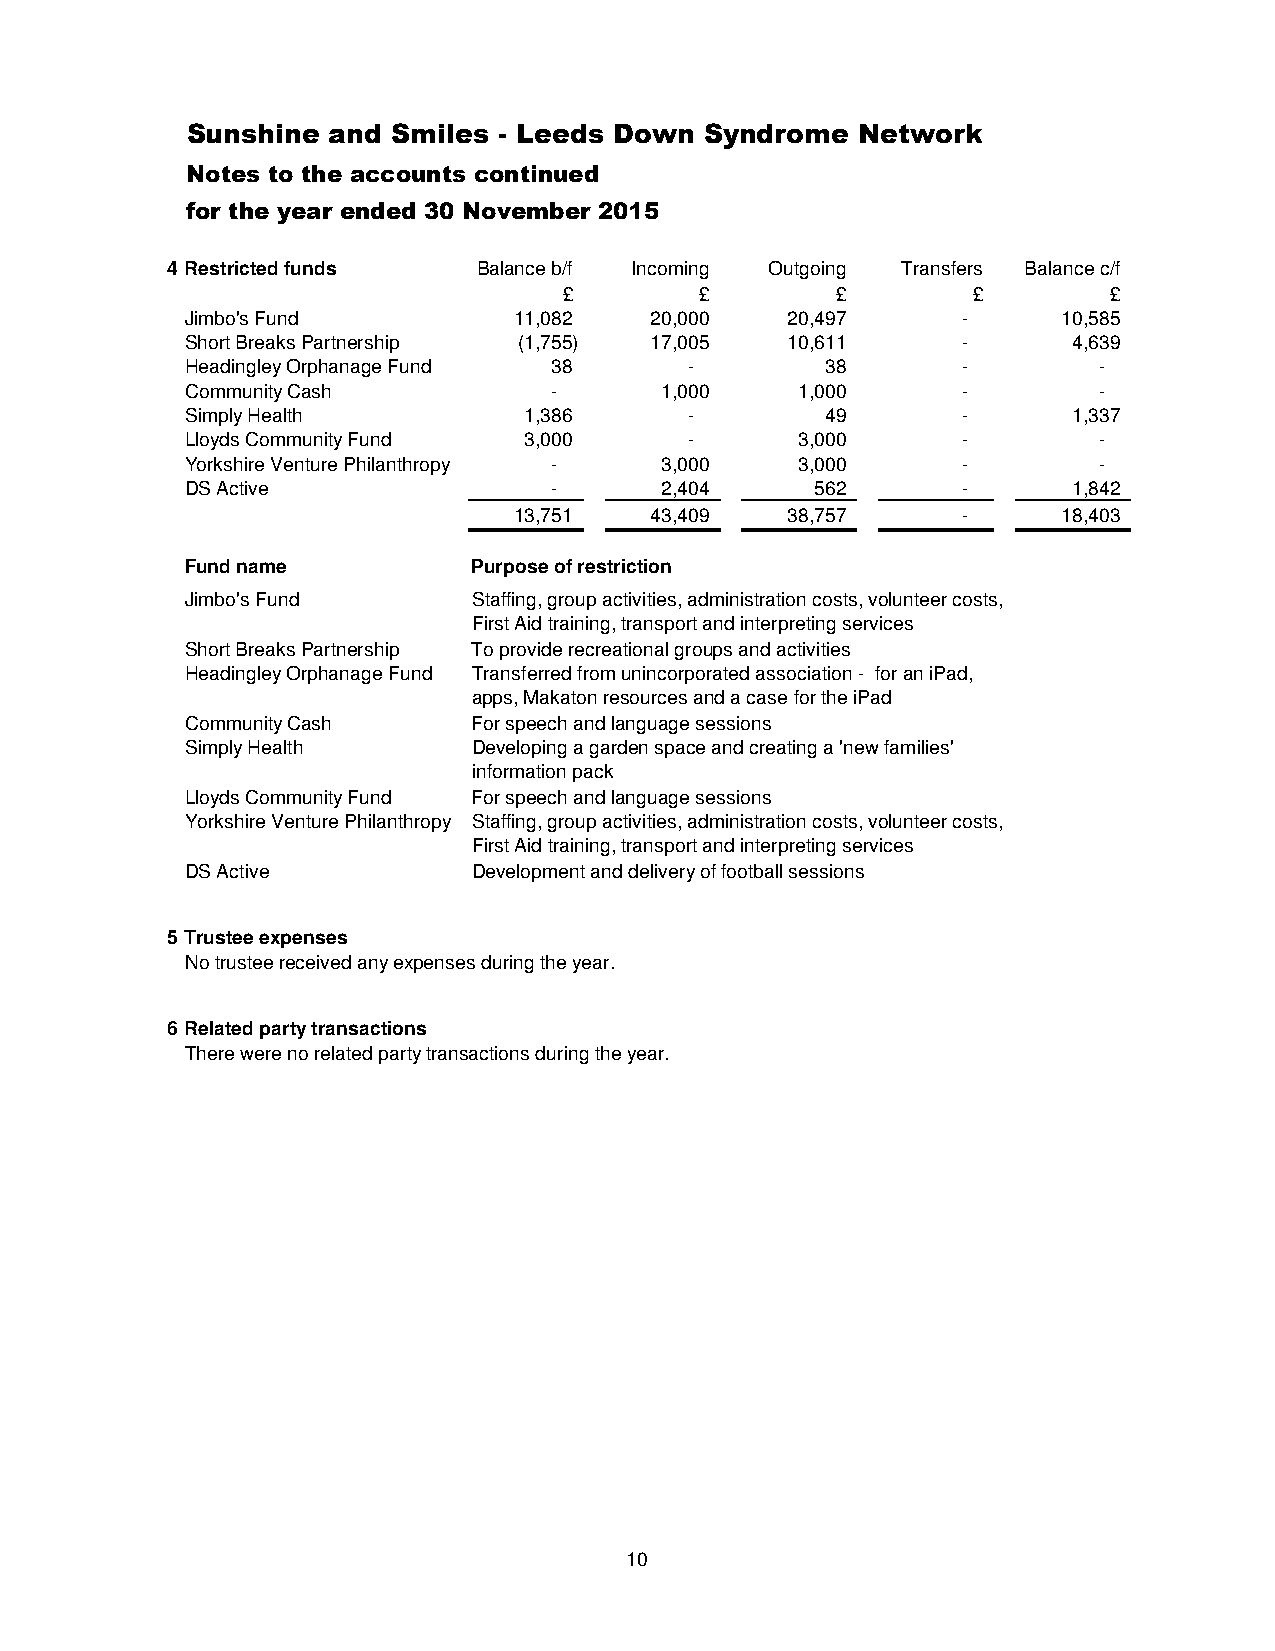
Sunshine  and Smiles - Leeds Down  Syndrome  Network
 Notes to the accounts continued
 for the year ended 30 November 2015
 4 Restricted funds   Balance b/f Incoming Outgoing Transfers Balance c/f
 £        £        £        £        £
 Jimbo's Fund          11,082   20,000   20,497      -     10,585
 Short Breaks Partnership (1,755) 17,005 10,611      -      4,639
 Headingley Orphanage Fund 38      -        38       -        -
 Community Cash           -      1,000    1,000      -        -
 Simply Health          1,386      -        49       -      1,337
 Lloyds Community Fund  3,000      -      3,000      -        -
 Yorkshire Venture Philanthropy - 3,000   3,000      -        -
 DS Active                -      2,404     562       -      1,842
 13,751   43,409   38,757      -     18,403
 Fund name          Purpose of restriction
 Jimbo's Fund       Staffing, group activities, administration costs, volunteer costs,
 First Aid training, transport and interpreting services
 Short Breaks Partnership To provide recreational groups and activities
 Headingley Orphanage Fund Transferred from unincorporated association - for an iPad,
 apps, Makaton resources and a case for the iPad
 Community Cash     For speech and language sessions
 Simply Health      Developing a garden space and creating a 'new families'
 information pack
 Lloyds Community Fund For speech and language sessions
 Yorkshire Venture Philanthropy Staffing, group activities, administration costs, volunteer costs,
 First Aid training, transport and interpreting services
 DS Active          Development and delivery of football sessions
 5 Trustee expenses
 No trustee received any expenses during the year.
 6 Related party transactions
 There were no related party transactions during the year.
 10